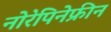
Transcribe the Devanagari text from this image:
नोरेपिनेफ्रीन